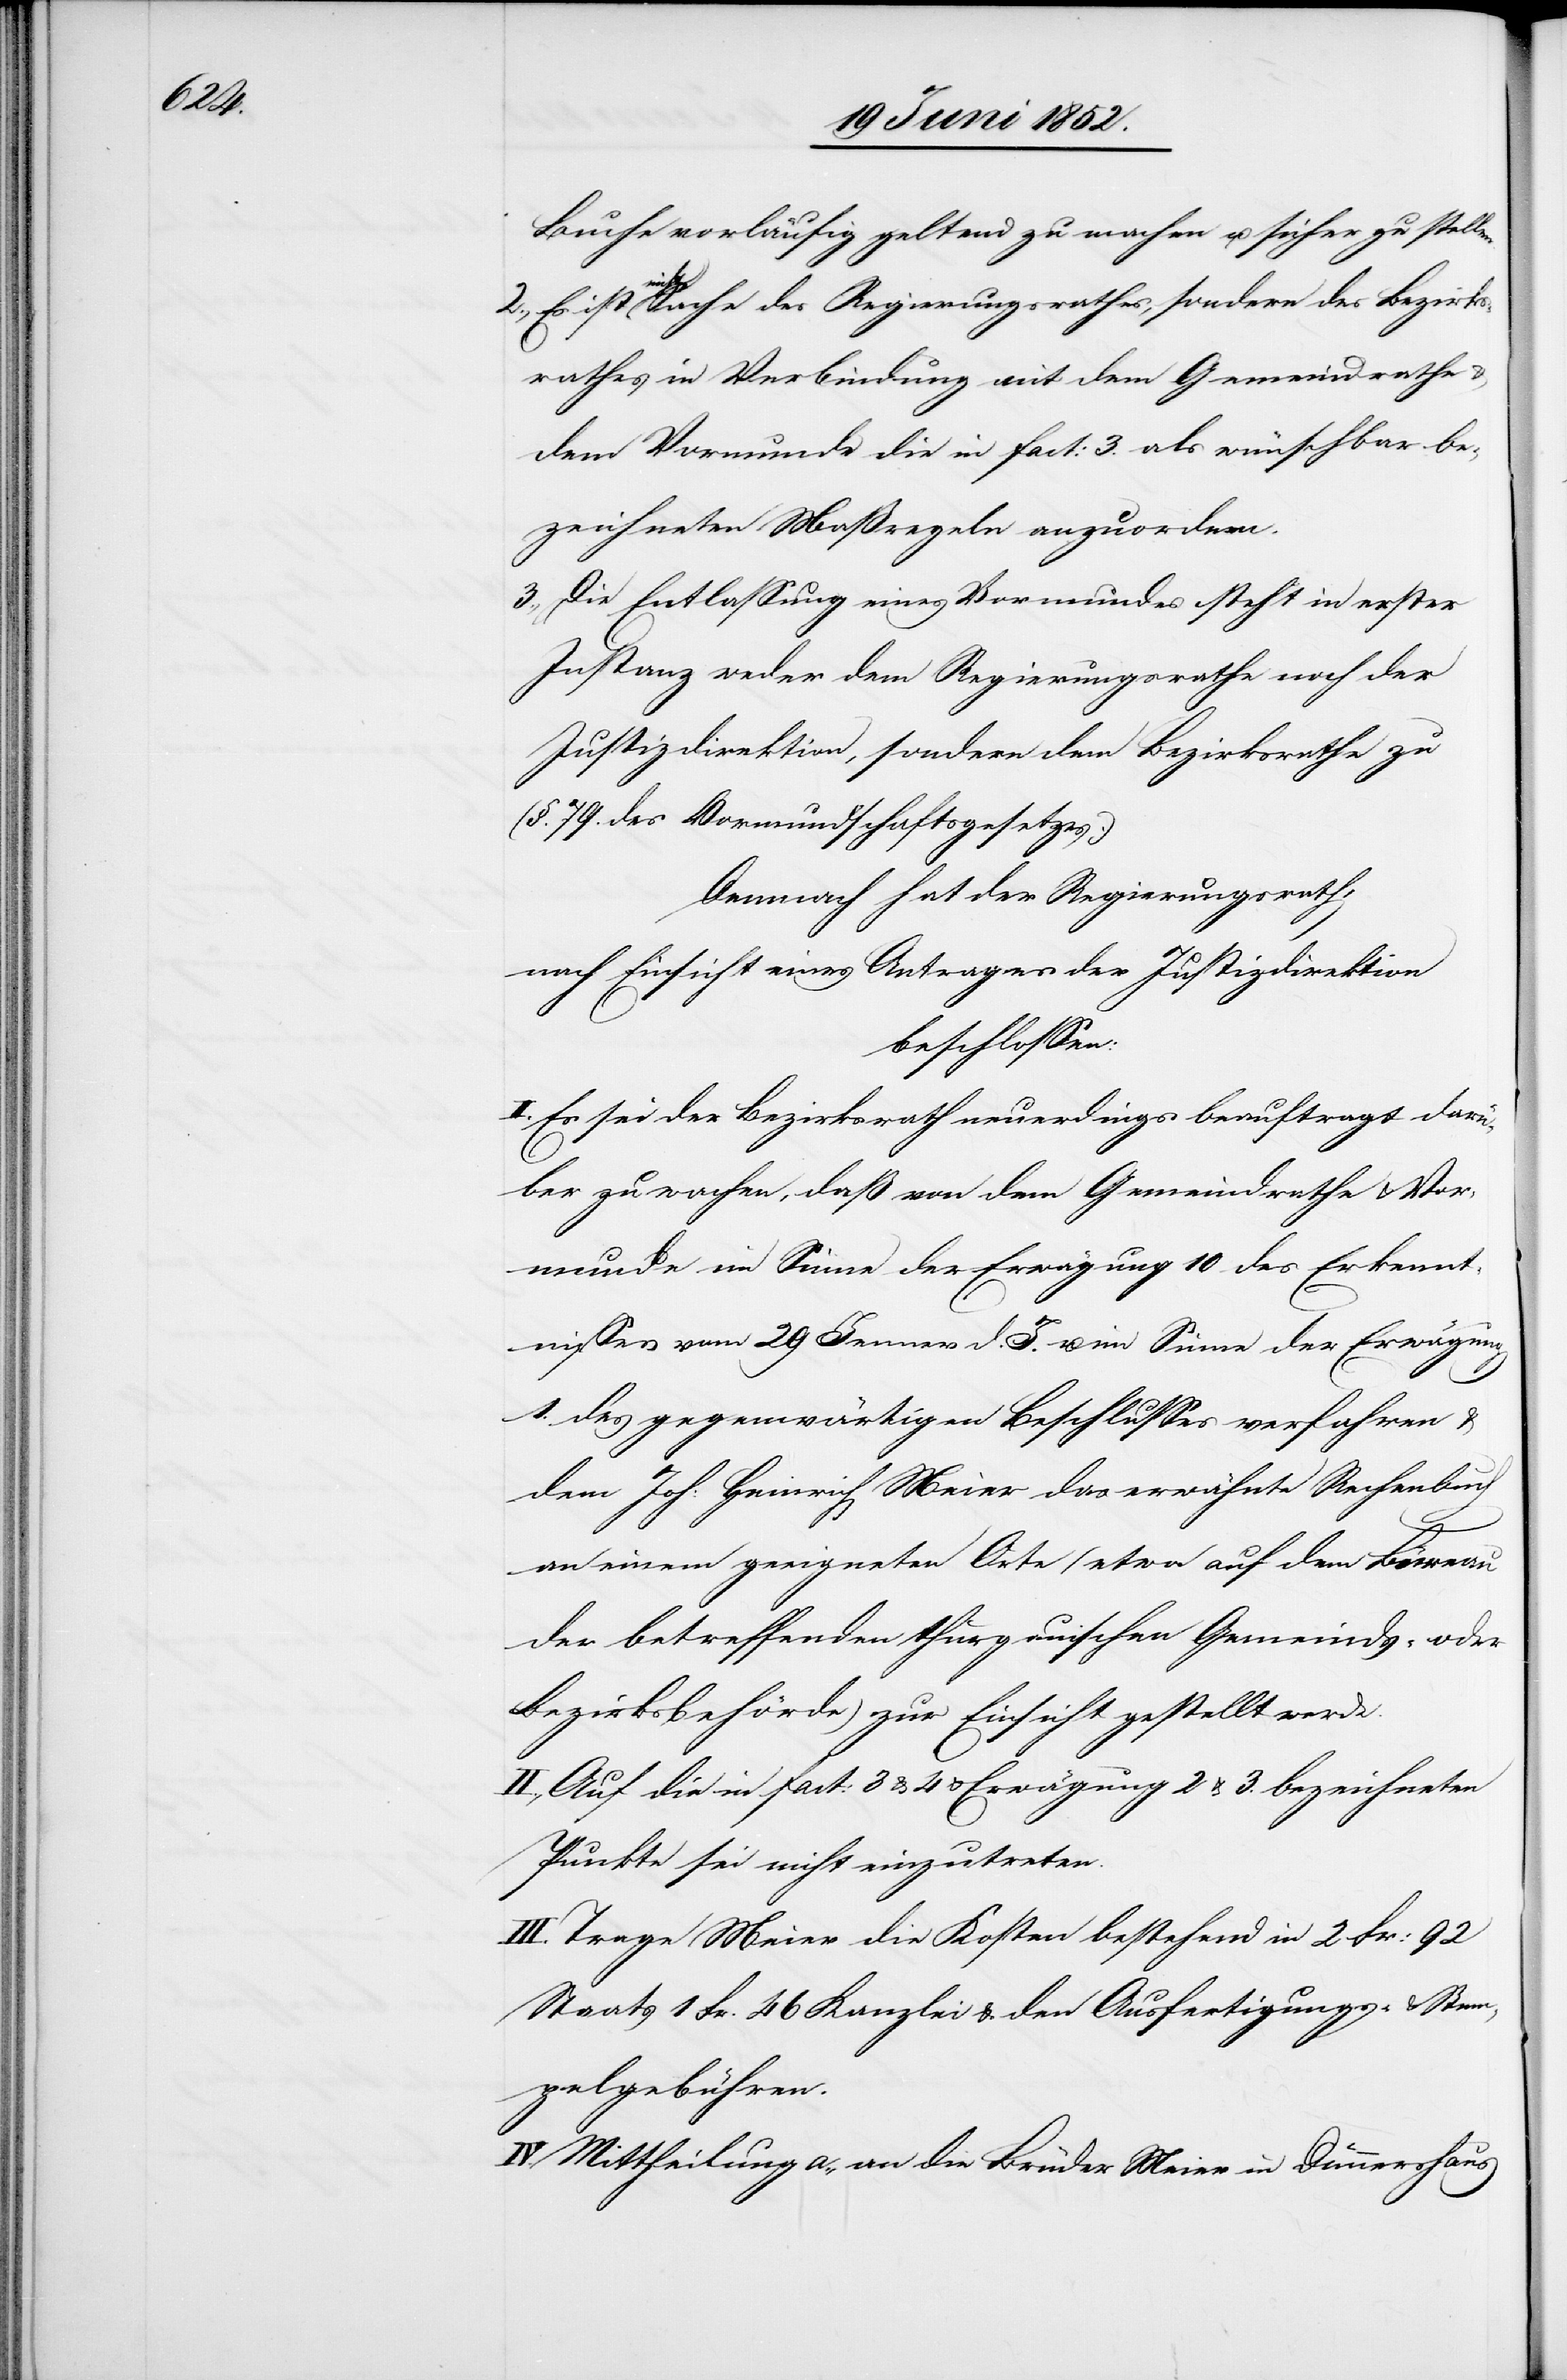
Buche vorläufig geltend zu machen u. sicher zu stellen.
2., Es ist nicht Sache des Regierungsrathes, sondern des Bezirks¬
rathes in Verbindung mit dem Gemeindrathe
dem Vormunde die in Fact: 3. als wünschbar be¬
zeichneten Maßregeln anzuordnen.
3., Die Entlassung eines Vormundes steht in erster
Instanz weder dem Regierungsrathe noch der
Justizdirektion, sondern dem Bezirksrathe zu
(§. 79. des Vormundschaftsgesetzes.)
Demnach hat der Regierungsrath,
nach Einsicht eines Antrages der Justizdirektion
beschlossen:
Es sei der Bezirksrath neuerdings beauftragt darü¬
ber zu wachen, daß von dem Gemeindrathe & Vor¬
munde im Sinne der Erwägung 10. des Erkennt¬
nisses vom 29 Jenner d. J. u. im Sinne der Erwägung
1. des gegenwärtigen Beschlusses verfahren &
dem Joh: Heinrich Meier das erwähnte Rechenbuch
an einem geeigneten Orte (etwa auf dem Büreau
der betreffenden thurgauischen Gemeinds- oder
Bezirksbehörde) zur Einsicht gestellt werde.
II., Auf die in Fact: 3 & 4 & Erwägung 2 & 3. bezeichneten
Punkte sei nicht einzutreten.
III. Trage Meier die Kosten bestehend in 2 Fr: 92
Staats[-,] 1 Fr. 46 Kanzlei[-] & den Ausfertigungs- & Stem¬
pelgebühren.
IV. Mittheilung a., an die Brüder Meier in Dünnershaus